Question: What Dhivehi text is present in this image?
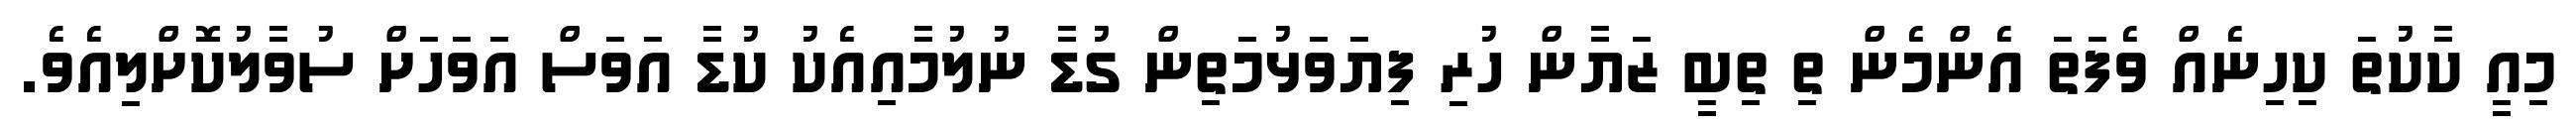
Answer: މިއީ ކާކުތަ ކިހިނެއް ވެފަތަ އެންމެން ތި ތިބީ ޒަޔާން ހުރި ފިޔަވަޅުމަތިން ގުޑާ ނުލުމާއިއެކު ކުޑާ އަވަސް އަވަހަށް ސުވާލުކޮށްލިއެވެ.